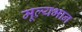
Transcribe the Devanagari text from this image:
मूल्यभान